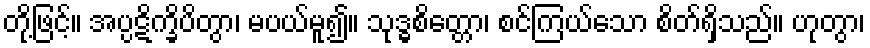
တို့ဖြင့်။ အပ္ပဋိက္ခိပိတွာ၊ မပယ်မူ၍။ သုဒ္ဓစိတ္တော၊ စင်ကြယ်သော စိတ်ရှိသည်။ ဟုတွာ၊